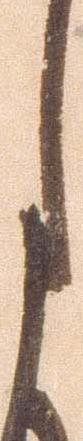
月